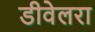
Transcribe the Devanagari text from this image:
डीवेलरा